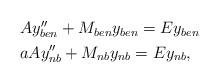
LaTeX: \begin{align*} \begin{aligned} & Ay''_{ben} +M_{ben}y_{ben}=Ey_{ben} \\ & aAy''_{nb} +M_{nb}y_{nb}=Ey_{nb},\end{aligned}\end{align*}